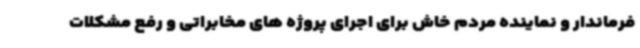
فرماندار و نماینده مردم خاش برای اجرای پروژه های مخابراتی و رفع مشکلات